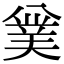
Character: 𠔯